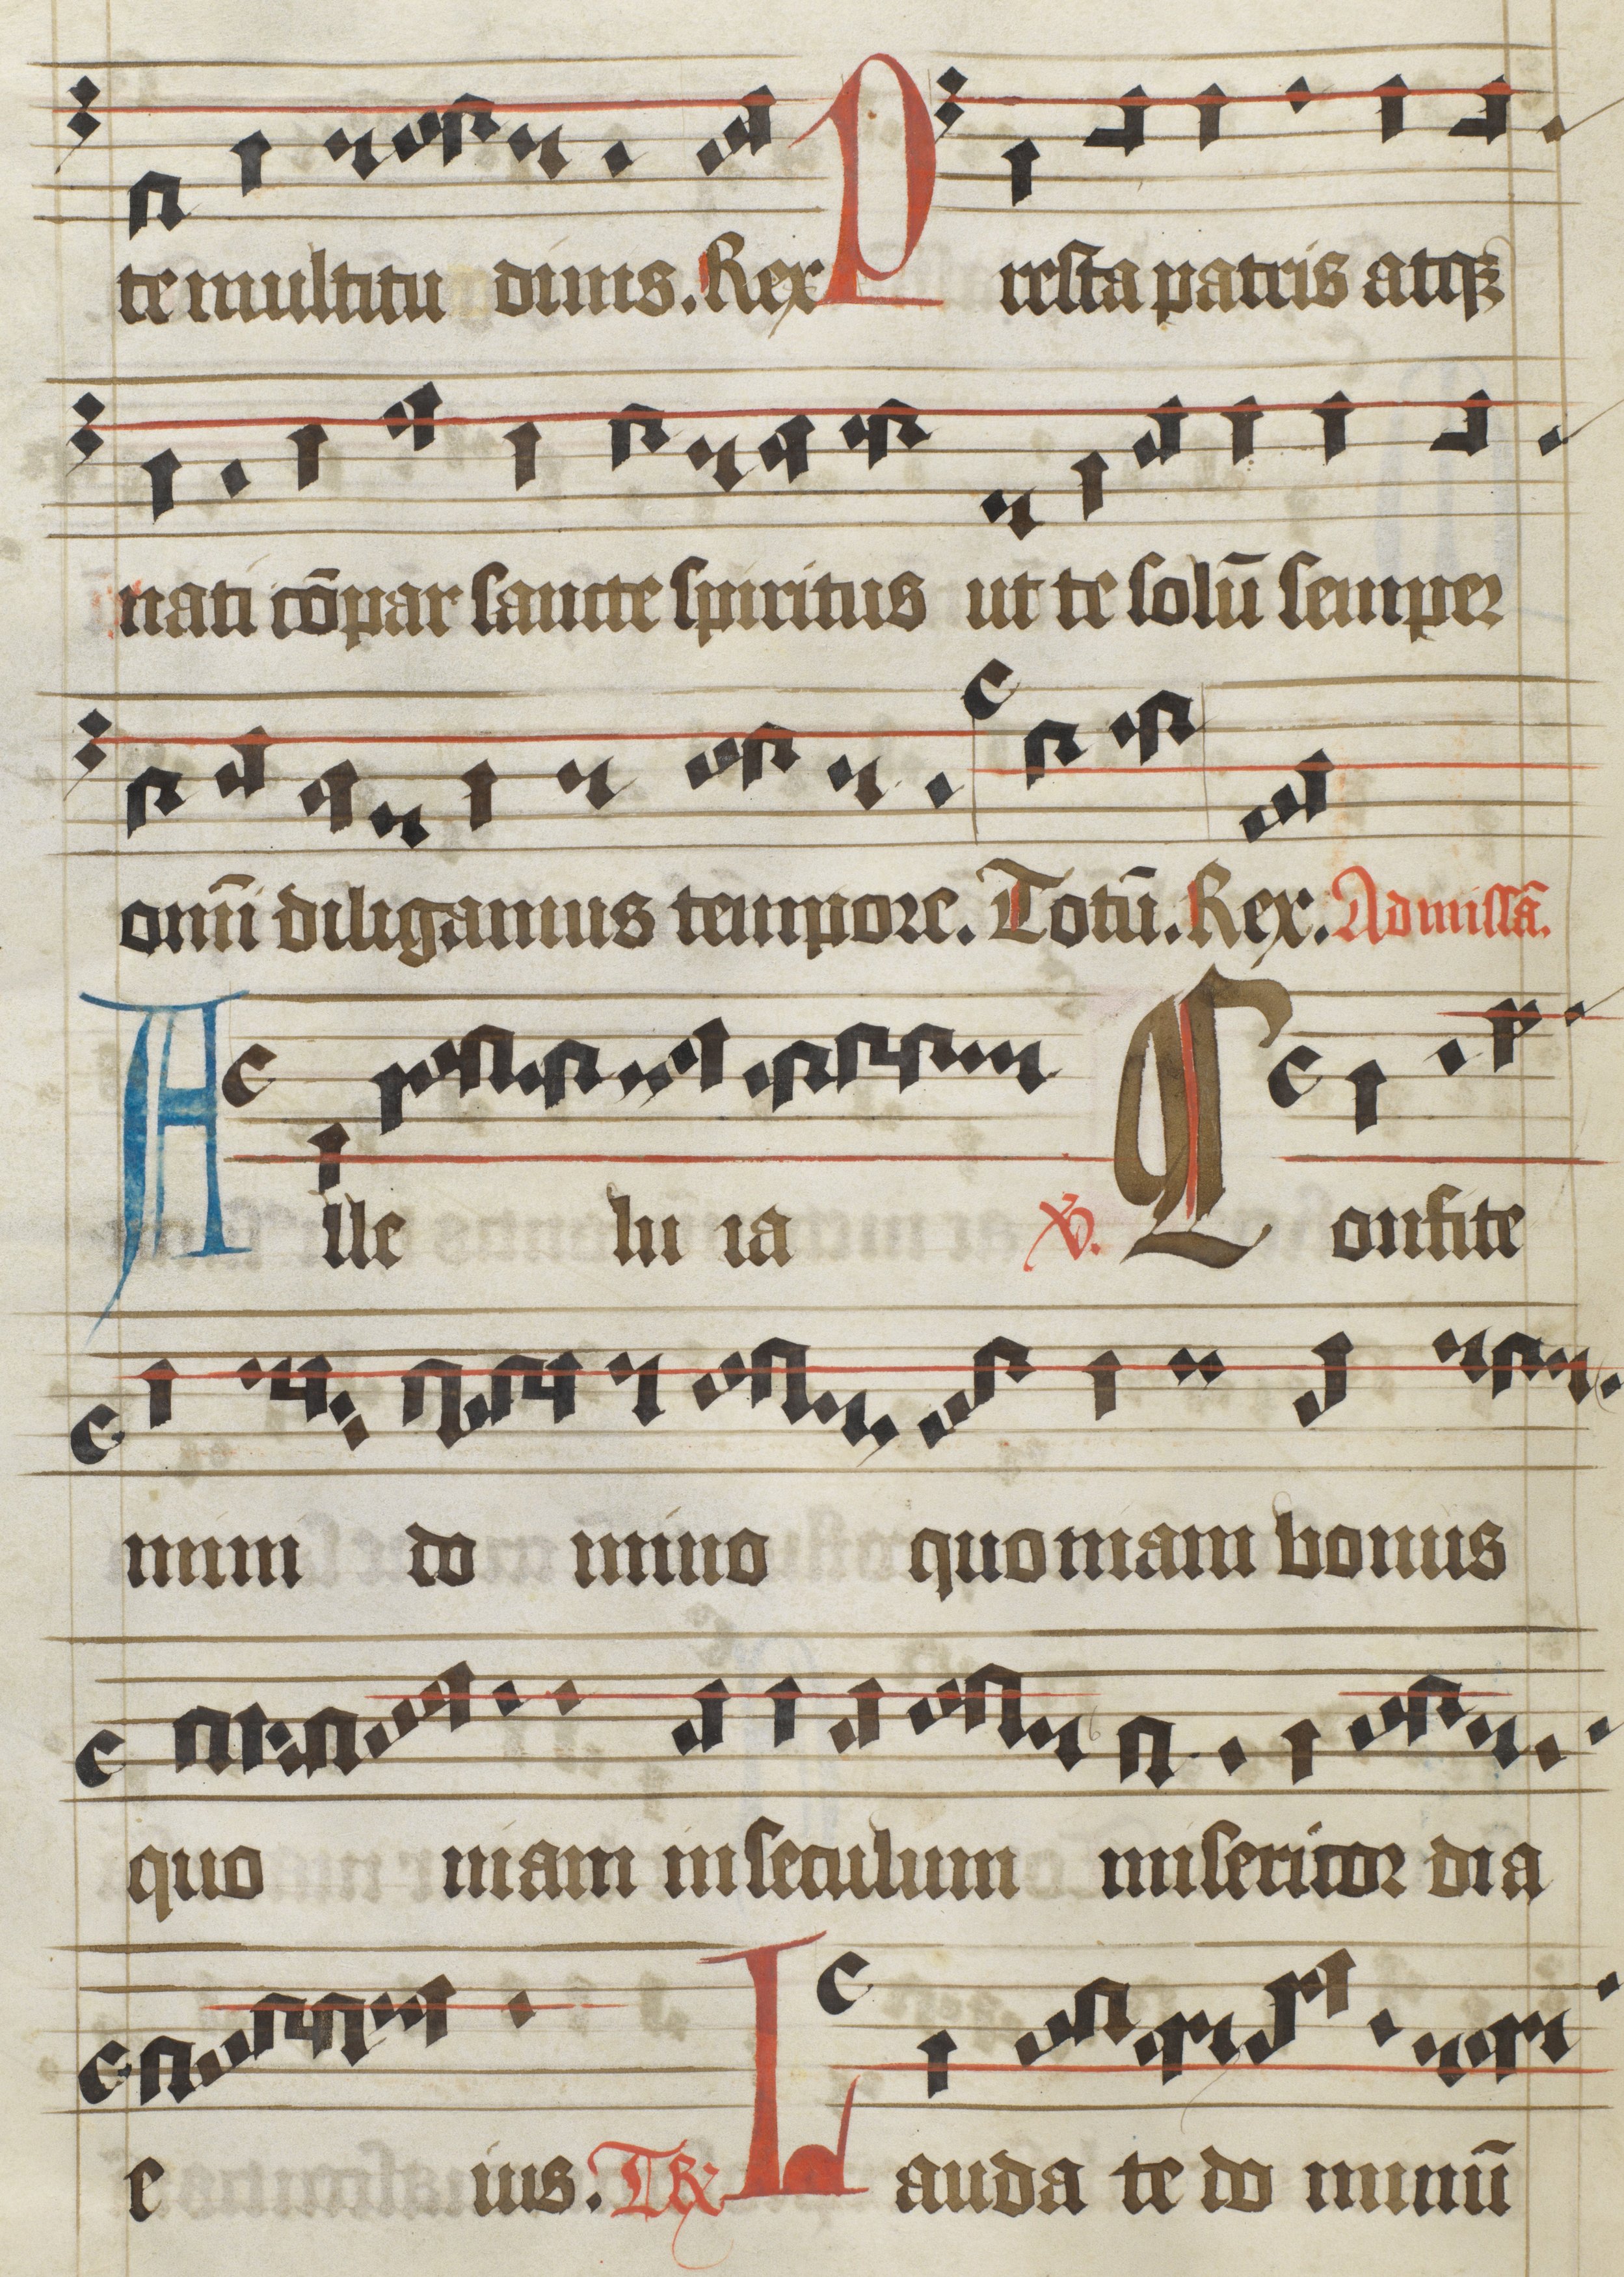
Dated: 1475–1499